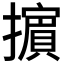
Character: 𢷤